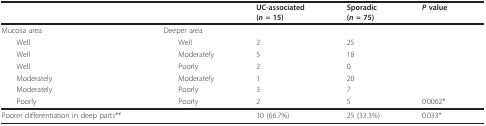
<table><thead><tr><td></td><td></td><td><b>UC-associated(<i>n </i>= 15)</b></td><td><b>Sporadic(<i>n </i>= 75)</b></td><td><b><i>P </i>value</b></td></tr></thead><tbody><tr><td>Mucosa area</td><td>Deeper area</td><td></td><td></td><td></td></tr><tr><td> Well</td><td> Well</td><td>2</td><td>25</td><td></td></tr><tr><td> Well</td><td> Moderately</td><td>5</td><td>18</td><td></td></tr><tr><td> Well</td><td> Poorly</td><td>2</td><td>0</td><td></td></tr><tr><td> Moderately</td><td> Moderately</td><td>1</td><td>20</td><td></td></tr><tr><td> Moderately</td><td> Poorly</td><td>3</td><td>7</td><td></td></tr><tr><td> Poorly</td><td> Poorly</td><td>2</td><td>5</td><td>0.0062*</td></tr><tr><td>Poorer differentiation in deep parts**</td><td></td><td>10 (66.7%)</td><td>25 (33.3%)</td><td>0.033*</td></tr></tbody></table>